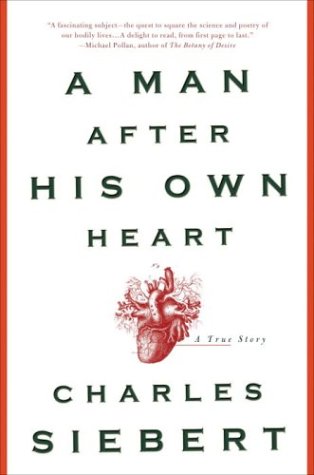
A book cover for A Man After His Own Heart: A True Story; Charles Siebert; Health, Fitness & Dieting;